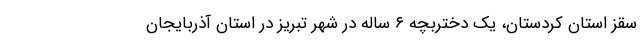
سقز استان کردستان، یک دختربچه ۶ ساله در شهر تبریز در استان آذربایجان